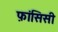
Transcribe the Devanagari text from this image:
फ़ांसिसी